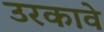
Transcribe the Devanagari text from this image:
उरकावे